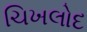
ચિખલોદ